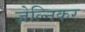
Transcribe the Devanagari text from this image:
ज़ेल्निकर